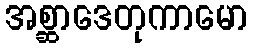
အစ္ဆာဒေတုကာမော